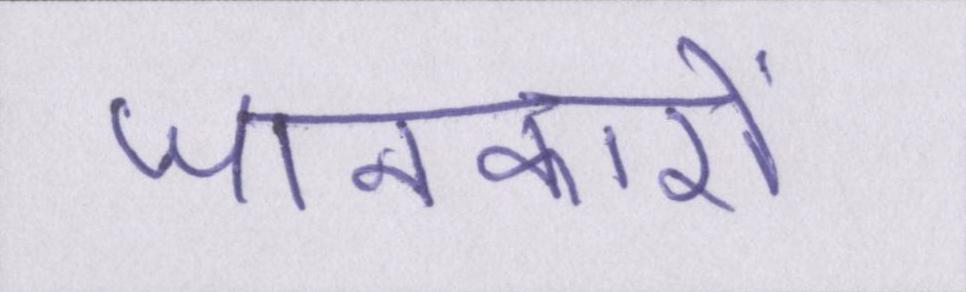
जानकारों